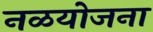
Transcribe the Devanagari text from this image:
नळयोजना